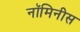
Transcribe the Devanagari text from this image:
नॉमिनीस